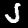
Digit: 5